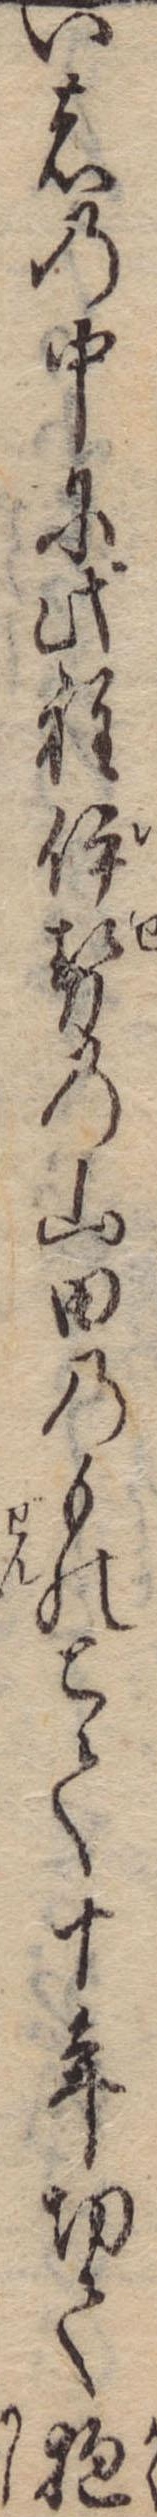
い者の中に此程伊勢の山田のものとて十年切て抱